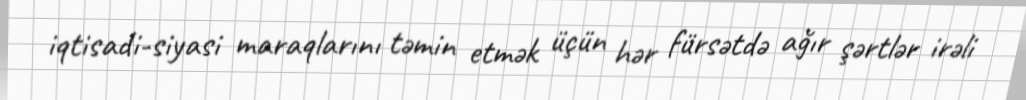
iqtisadi-siyasi maraqlarını təmin etmək üçün hər fürsətdə ağır şərtlər irəli